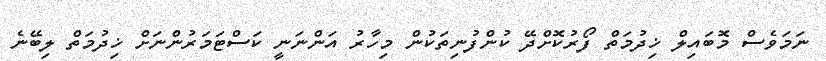
ނަމަވެސް މޮބައިލް ޚިދުމަތް ފޯރުކޮށްދޭ ކުންފުނިތަކުން މިހާރު އަންނަނީ ކަސްޓަމަރުންނަށް ޚިދުމަތް ލިބޭނެ